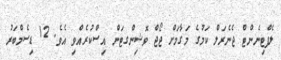
ލެފްޓިނެންޓް ޖެނެރަލް ކަމުގެ މަގާމަށް ޖޯޖް ވޮޝިންގޓަން އިސްކުރެއްވި އެވެ. 12 ޑިސެމްބަރު